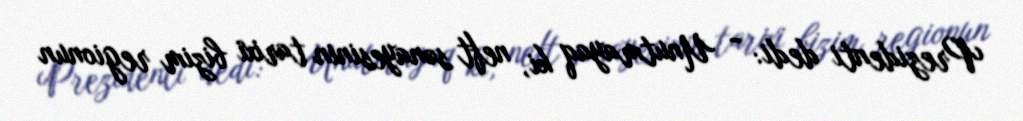
Prezidenti dedi: - Unutmayaq ki, neft sənayesinin tarixi bizim regionun